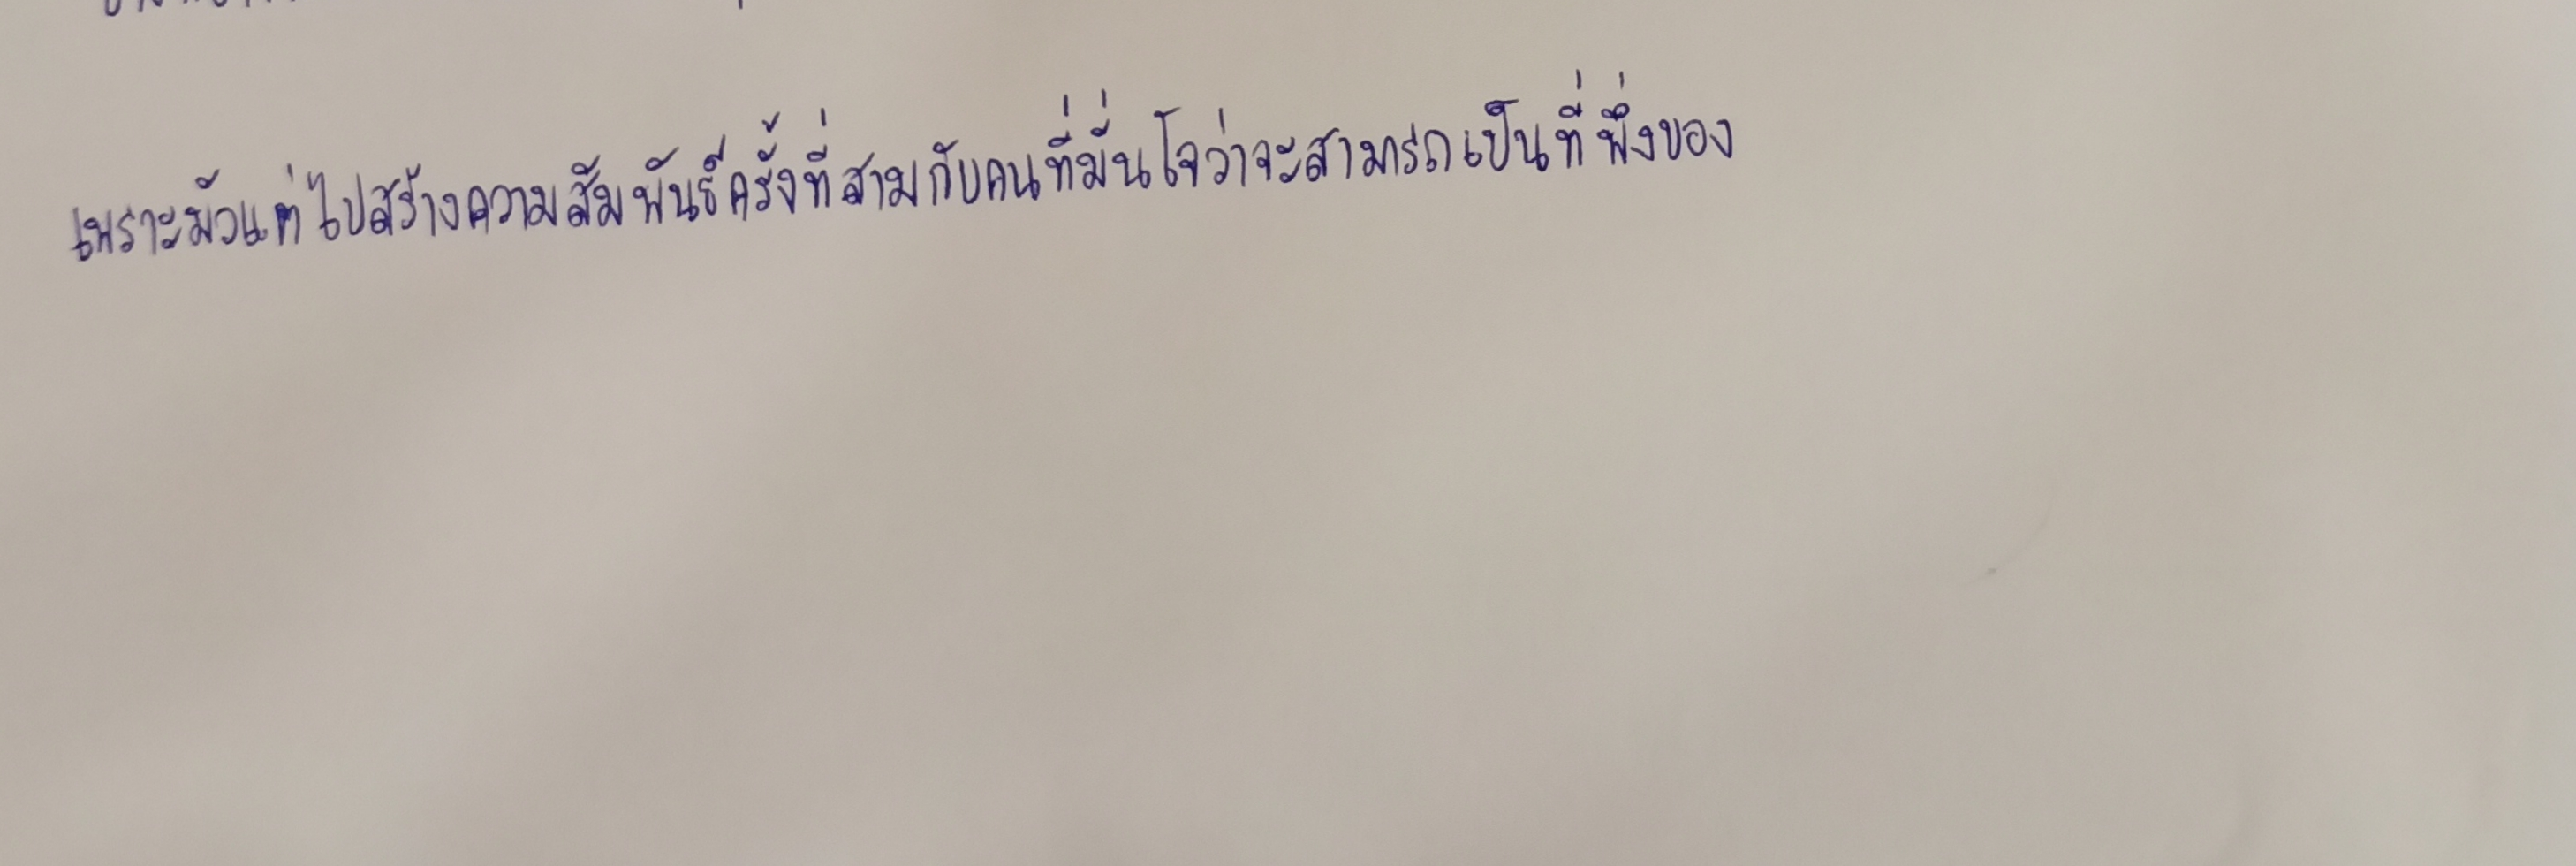
เพราะมัวแต่ไปสร้างความสัมพันธ์ครั้งที่สามกับคนที่มั่นใจว่าจะสามารถเป็นที่พึ่งของ